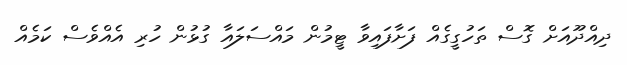
ދިއްދޫއަށް ގޮސް ތަހުގީގެއް ފަށާފައިވާ ޓީމުން މައްސަލައާ ގުޅުން ހުރި އެއްވެސް ކަމެއް